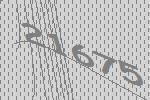
21675